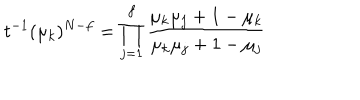
LaTeX: t ^ { - 1 } ( \mu _ { k } ) ^ { N - f } = \prod _ { j = 1 } ^ { f } \frac { \mu _ { k } \mu _ { j } + 1 - \mu _ { k } } { \mu _ { k } \mu _ { j } + 1 - \mu _ { j } }